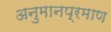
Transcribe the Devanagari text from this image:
अनुमानप्रमाण